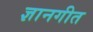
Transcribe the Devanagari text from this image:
ज्ञानगीत